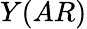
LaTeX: Y(AR)